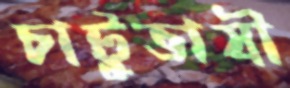
চাটুভাষী